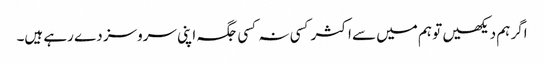
اگر ہم دیکھیں تو ہم میں سے اکثر کسی نہ کسی جگہ اپنی سروسز دے رہے ہیں۔